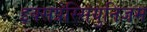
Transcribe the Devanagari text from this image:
इक्सप्रेस्सियुनिज़म